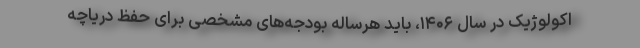
اکولوژیک در سال ۱۴۰۶، باید هرساله بودجه‌های مشخصی برای حفظ دریاچه